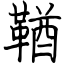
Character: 鞧